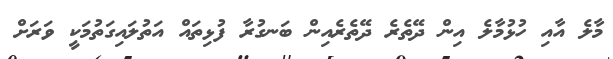
މާލެ އާއި ހުޅުމާލެ އިން ދޭތެރެ ދޭތެރެއިން ބަނގުރާ ފުޅިތައް އަތުލައިގަތުމަކީ ވަރަށް